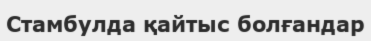
Стамбулда қайтыс болғандар